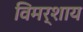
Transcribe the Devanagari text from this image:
विमर्शाय